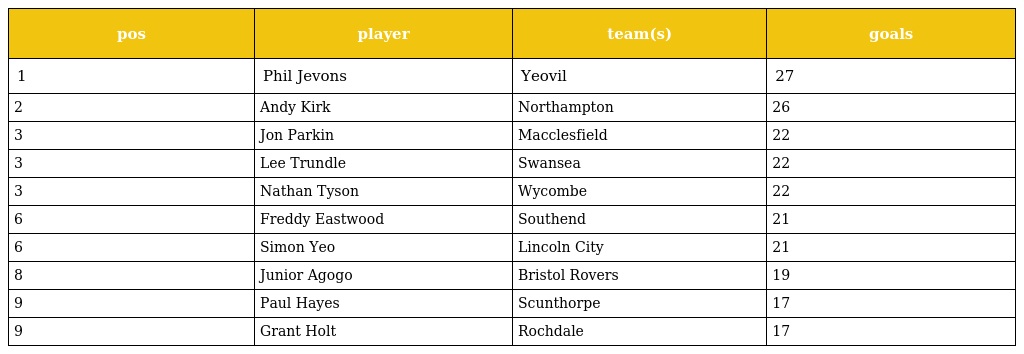
| pos | player | team(s) | goals |
 | --- | --- | --- | --- |
 | 1 | Phil Jevons | Yeovil | 27 |
 | 2 | Andy Kirk | Northampton | 26 |
 | 3 | Jon Parkin | Macclesfield | 22 |
 | 3 | Lee Trundle | Swansea | 22 |
 | 3 | Nathan Tyson | Wycombe | 22 |
 | 6 | Freddy Eastwood | Southend | 21 |
 | 6 | Simon Yeo | Lincoln City | 21 |
 | 8 | Junior Agogo | Bristol Rovers | 19 |
 | 9 | Paul Hayes | Scunthorpe | 17 |
 | 9 | Grant Holt | Rochdale | 17 |